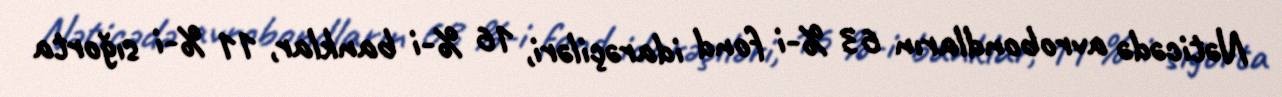
Nəticədə avrobondların 63 %-i fond idarəçiləri, 16 %-i banklar, 11 %-i sığorta